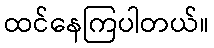
ထင်နေကြပါတယ်။